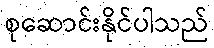
စုဆောင်းနိုင်ပါသည်